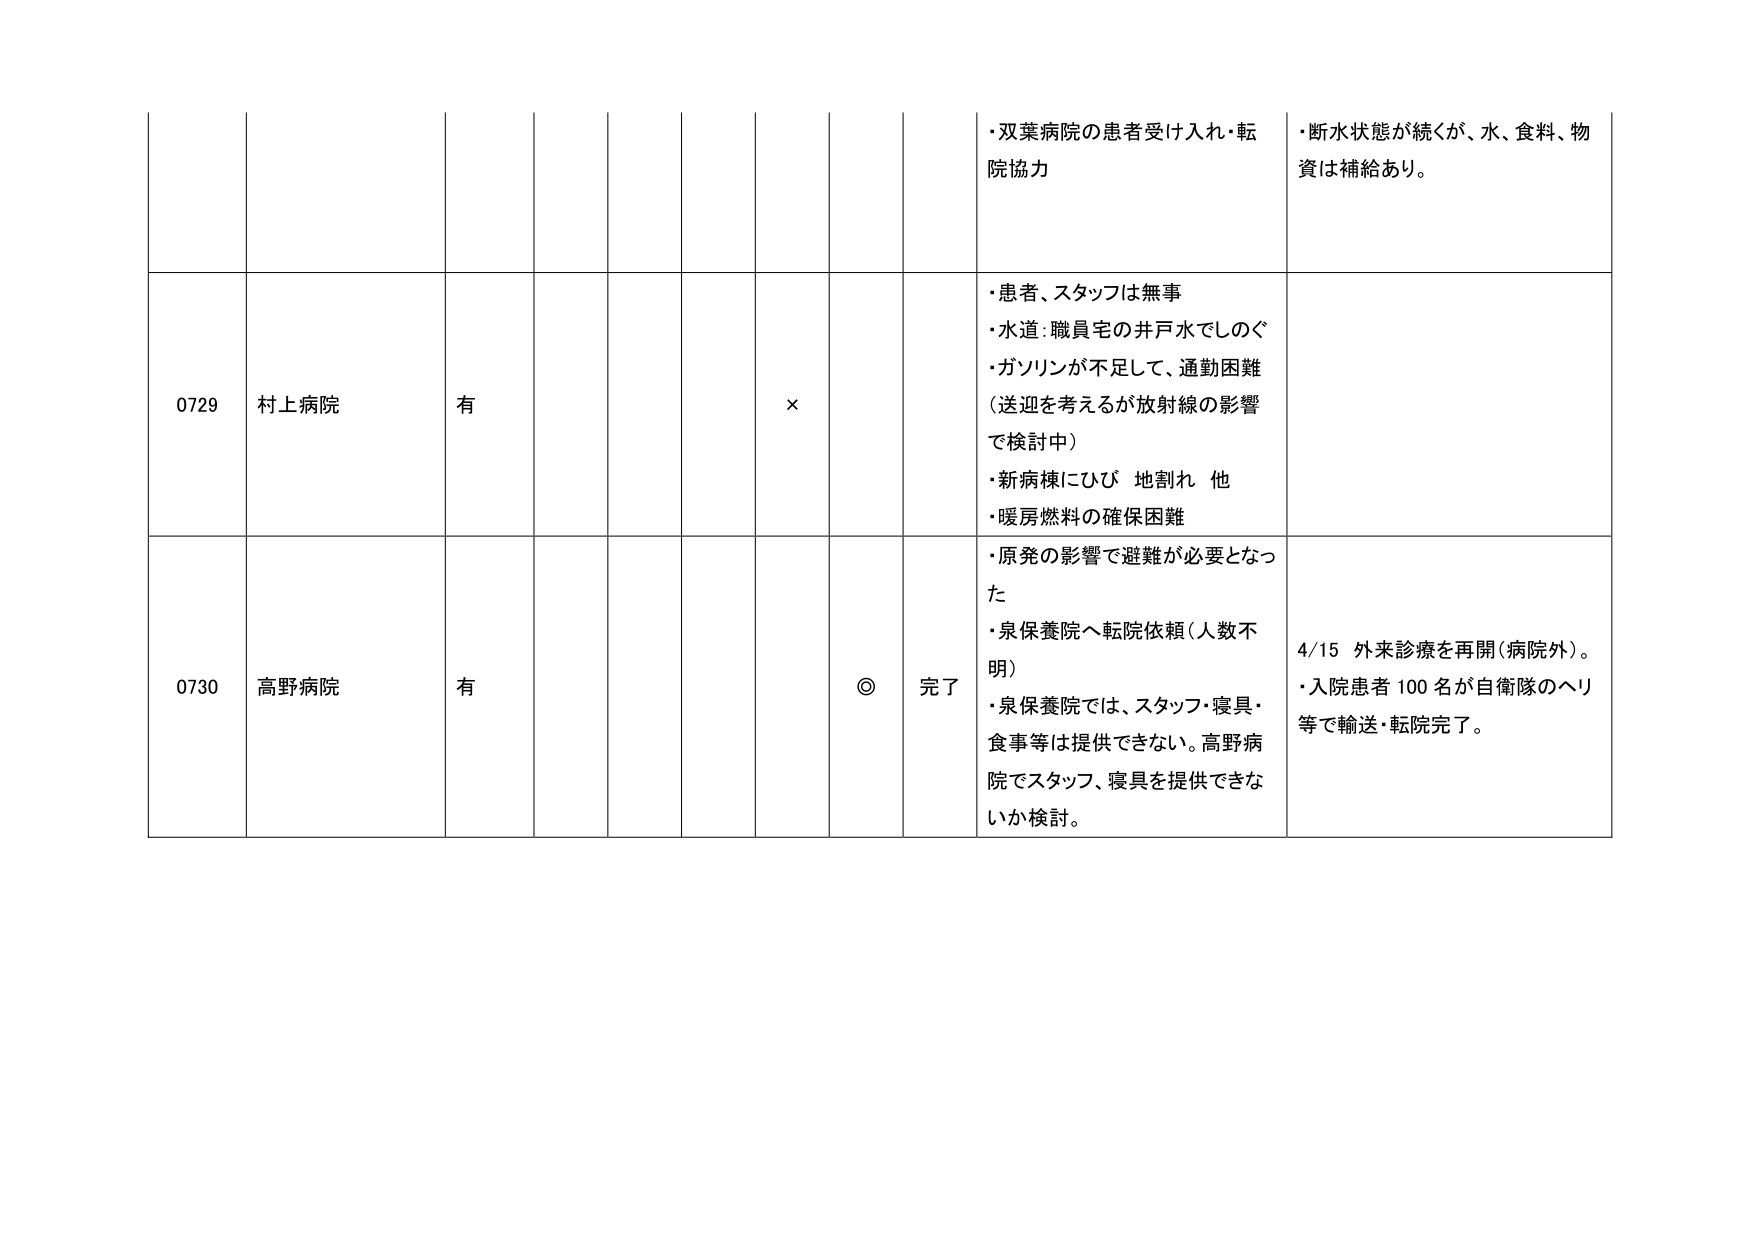
・双葉病院の患者受け入れ・転院協力
・断水状態が続くが、水、食料、物資は補給あり。

0729 村上病院 有 ×
・患者、スタッフは無事
・水道：職員宅の井戸水でしのぐ
・ガソリンが不足して、通勤困難（送迎を考えるが放射線の影響で検討中）
・新病棟にひび 地割れ 他
・暖房燃料の確保困難

0730 高野病院 有 ◎ 完了
・原発の影響で避難が必要となった
・泉保養院へ転院依頼（人数不明）
・泉保養院では、スタッフ・寝具・食事等は提供できない。高野病院でスタッフ、寝具を提供できないか検討。
4/15 外来診療を再開（病院外）。
・入院患者100名が自衛隊のヘリ等で輸送・転院完了。